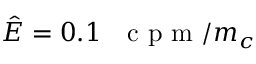
\hat { E } = 0 . 1 \mathrm { ~ ~ ~ c ~ p ~ m ~ } / m _ { c }